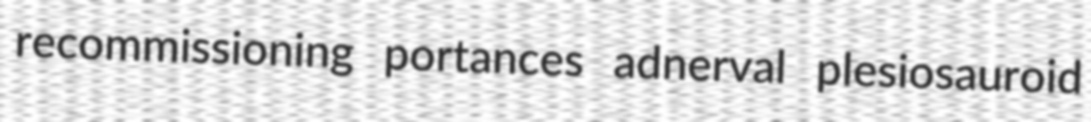
recommissioning portances adnerval plesiosauroid